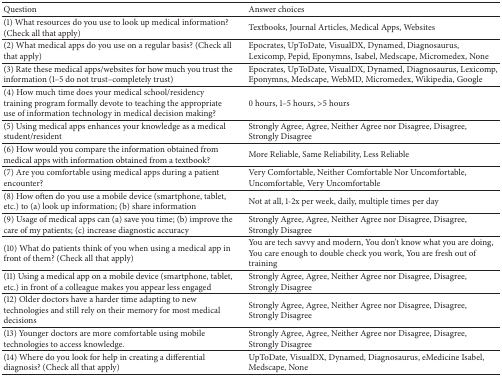
<table><thead><tr><td><b>Question</b></td><td><b>Answer choices</b></td></tr></thead><tbody><tr><td> (1) What resources do you use to look up medical information? (Check all that apply)</td><td>Textbooks, Journal Articles, Medical Apps, Websites</td></tr><tr><td>(2) What medical apps do you use on a regular basis? (Check all that apply)</td><td>Epocrates, UpToDate, VisualDX, Dynamed, Diagnosaurus, Lexicomp, Pepid, Eponymns, Isabel, Medscape, Micromedex, None</td></tr><tr><td>(3) Rate these medical apps/websites for how much you trust the information (1–5 do not trust–completely trust)</td><td>Epocrates, UpToDate, VisualDX, Dynamed, Diagnosaurus, Lexicomp, Eponymns, Medscape, WebMD, Micromedex, Wikipedia, Google</td></tr><tr><td>(4) How much time does your medical school/residency training program formally devote to teaching the appropriate use of information technology in medical decision making?</td><td>0 hours, 1–5 hours, &gt;5 hours</td></tr><tr><td>(5) Using medical apps enhances your knowledge as a medical student/resident</td><td>Strongly Agree, Agree, Neither Agree nor Disagree, Disagree, Strongly Disagree</td></tr><tr><td>(6) How would you compare the information obtained from medical apps with information obtained from a textbook?</td><td>More Reliable, Same Reliability, Less Reliable</td></tr><tr><td>(7) Are you comfortable using medical apps during a patient encounter?</td><td>Very Comfortable, Neither Comfortable Nor Uncomfortable, Uncomfortable, Very Uncomfortable</td></tr><tr><td>(8) How often do you use a mobile device (smartphone, tablet, etc.) to (a) look up information; (b) share information</td><td>Not at all, 1-2x per week, daily, multiple times per day</td></tr><tr><td>(9) Usage of medical apps can (a) save you time; (b) improve the care of my patients; (c) increase diagnostic accuracy</td><td>Strongly Agree, Agree, Neither Agree nor Disagree, Disagree, Strongly Disagree</td></tr><tr><td>(10) What do patients think of you when using a medical app in front of them? (Check all that apply)</td><td>You are tech savvy and modern, You don&#x27;t know what you are doing, You care enough to double check you work, You are fresh out of training</td></tr><tr><td>(11) Using a medical app on a mobile device (smartphone, tablet, etc.) in front of a colleague makes you appear less engaged</td><td>Strongly Agree, Agree, Neither Agree nor Disagree, Disagree, Strongly Disagree</td></tr><tr><td>(12) Older doctors have a harder time adapting to new technologies and still rely on their memory for most medical decisions.</td><td>Strongly Agree, Agree, Neither Agree nor Disagree, Disagree, Strongly Disagree</td></tr><tr><td>(13) Younger doctors are more comfortable using mobile technologies to access knowledge</td><td>Strongly Agree, Agree, Neither Agree nor Disagree, Disagree, Strongly Disagree</td></tr><tr><td>(14) Where do you look for help in creating a differential diagnosis? (Check all that apply)</td><td>UpToDate, VisualDX, Dynamed, Diagnosaurus, eMedicine Isabel, Medscape, None</td></tr></tbody></table>